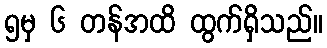
၅မှ ၆ တန်အထိ ထွက်ရှိသည်။